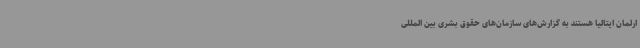
ارلمان ایتالیا هستند به گزارش‌های سازمان‌های حقوق بشری بین المللی